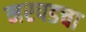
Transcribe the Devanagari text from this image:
नरपडचा